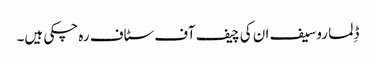
ڈِلما روسیف ان کی چیف آف سٹاف رہ چکی ہیں۔